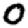
Digit: 0